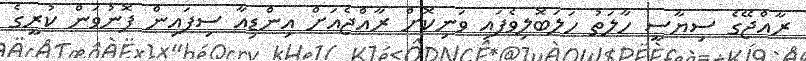
ރާއްޖޭގެ ސިޔާސީ ހާލަތު ހަލަބޮލިވެފައި ވަނިކޮށް ރާއްޖެއަށް އިންޑިއާ ސިފައިން ފޮނުވަން ކުރީގެ